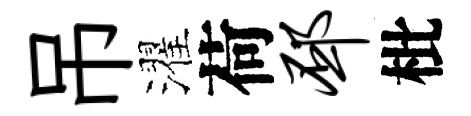
吊濯荷邳枇